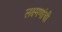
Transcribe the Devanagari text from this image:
लक्ष्मणांची